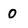
Character: 0